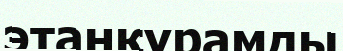
этанқұрамды